Civil Veterinary Department. Madras. Admin. report 1910-25 - 1910-1925
Year: 1910
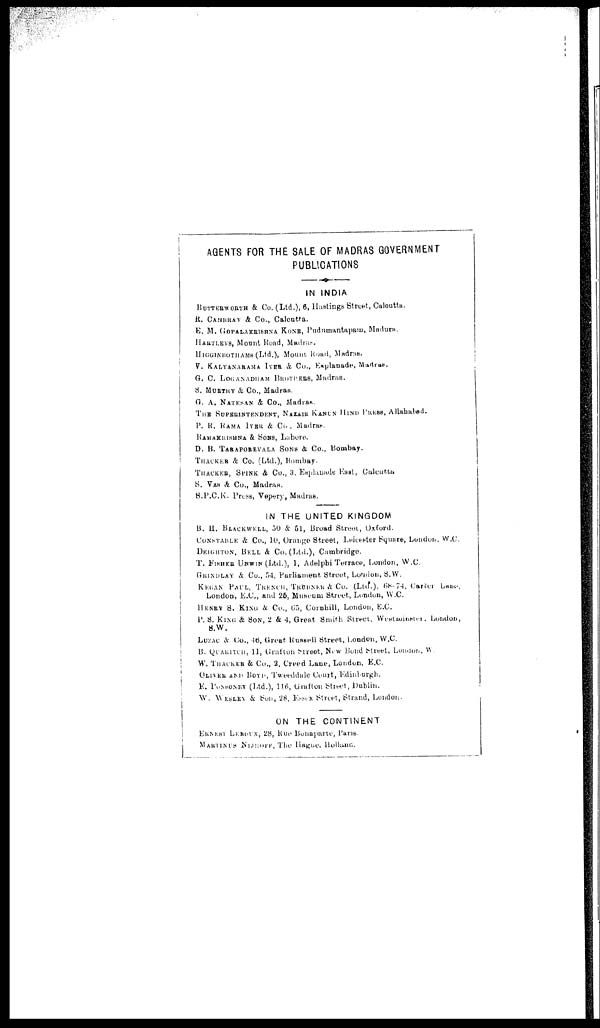
AGENTS FOR THE SALE OF MADRAS GOVERNMENT
PUBLICATIONS
IN INDIA
BUTTERWORTH & Co. (Ltd.), 6, Hastings Street, Calcutta.
R. CAMBRAY & Co., Calcutta.
E. M. GOPALAKRISHNA KONE, Pudumantapam, Madura.
HARTLEVS, Mount Road, Madras.
HIGGINBOTHAMS (Ltd.), Mount, Road, Madras.
V. KALYANARAMA IYER & Co., Esplanade, Madras.
G. C. LOGANADHAM BROTHERS, Madras.
S. MURTHY & Co., Madras.
G. A. NATESAN & Co., Madras.
THE SUPERINTENDENT, NAZAIR KANUN HIND PRESS, Allahabad.
P. R. RAMA IYER & Co., Madras.
RAMAKRISHNA & SONS, Lahore.
D. B. TARAPOREVALA SONS & Co., Bombay.
THACKER & Co. (Ltd.), Bombay.
THACKER, SPINK & Co., 3, Esplanade East, Calcutta
S. VAS & Co., Madras.
S.P.C.K. Press, Vepery, Madras.
IN THE UNITED KINGDOM
B. H, BLACKWELL 50 & 51, Broad Street, Oxford.
CONSTABLE & Co., 10, Orange Street, Leicester Square, London, W.C.
DEIGHTON, BELL & Co. (Ltd.), Cambridge,
T. FISHER UNWIN (Ltd.), 1, Adelphi Terrace, London, W.C.
GRINDLAY & Co., 54, Parliament Street, Loudon, S.W.
KEGAN PAUL, TRENCH, TRURNER & Co. (Ltd.), 68-74, Carter
Lane,
London, E.C, and 26, Muaeum Street, London, W.C.
HENRY S. KING & Co., 65, Cornhill, London, E.G.
P. S. KING & SON, 2 & 4, Great Smith Street, Westwinster. London,
S.W.
LUZAC & Co., 16, Great Russell Street, London, W.C.
B. QUARITCH, 11, Grafton Street, New Bond Street, London, W.
W. THACKER & Co., 2, Creed Lane, London, E.G.
OLIVER AND BOYD, Tweeddale Court, Edinburgh.
E. PONSONEY (Ltd.), 116, Grafton Street, Dublin.
W. WESLEY & Son, 28, Essex Street, Strand, London.
ON THE
CONTINENT
ERNKST LEROUX, 28, Rue Bonaparte, Paris.
MARTINUS NIJHOFF, The Hague, Hollanc.